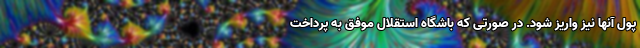
پول آنها نیز واریز شود. در صورتی که باشگاه استقلال موفق به پرداخت